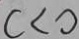
c < 0